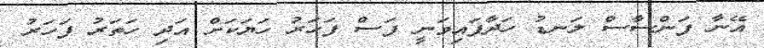
އޭނާ ފަންސާސް ލަނޑު ހަދާފައިވަނީ ފަސް ފަހަރު ހަޔަކަށް އަދި ހަތަރު ފަހަރު